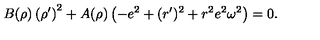
B ( \rho ) \left( \rho ^ { \prime } \right) ^ { 2 } + A ( \rho ) \left( - e ^ { 2 } + ( r ^ { \prime } ) ^ { 2 } + r ^ { 2 } e ^ { 2 } \omega ^ { 2 } \right) = 0 .